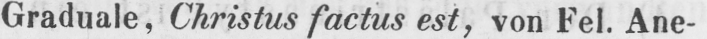
Graduale, Christus factus est, von Fel. Ane-